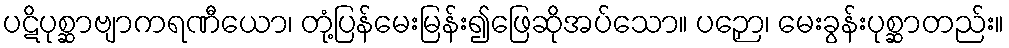
ပဋိပုစ္ဆာဗျာကရဏီယော၊ တုံ့ပြန်မေးမြန်း၍ဖြေဆိုအပ်သော။ ပဉှော၊ မေးခွန်းပုစ္ဆာတည်း။